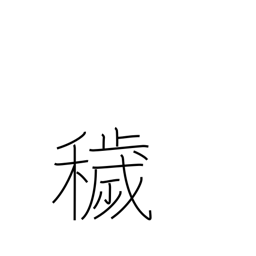
Meaning: dirty